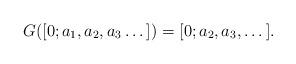
LaTeX: \begin{align*}G([0;a_1,a_2,a_3\dots])=[0;a_2,a_3,\dots].\end{align*}